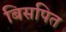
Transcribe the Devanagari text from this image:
बिसपित